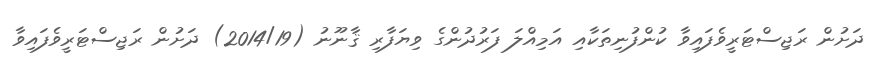
ދަށުން ރަޖިސްޓަރީވެފައިވާ ކުންފުނިތަކާއި އަމިއްލަ ފަރުދުންގެ ވިޔަފާރި ޤާނޫނު (2014/19) ދަށުން ރަޖިސްޓަރީވެފައިވާ